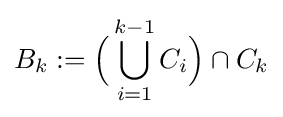
B_{k}:={\Big (}\bigcup _{i=1}^{k-1}C_{i}{\Big )}\cap C_{k}